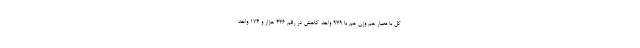
کل با معیار هم وزن هم با ۹۳۹ واحد کاهش در رقم ۴۳۶ هزار و ۱۷۴ واحد